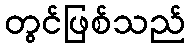
တွင်ဖြစ်သည်